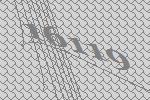
16119